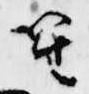
笙